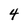
Character: 4